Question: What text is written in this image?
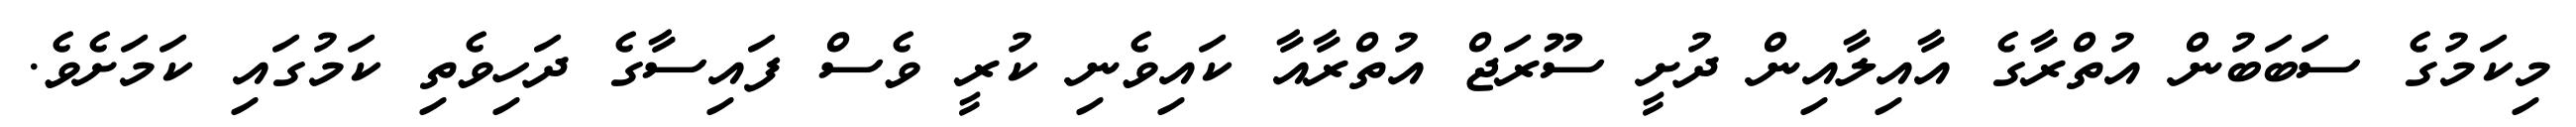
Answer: މިކަމުގެ ސަބަބުން އުތްރާގެ އާއިލާއިން ދުށީ ސޫރަޖް އުތްރާއާ ކައިވެނި ކުރީ ވެސް ފައިސާގެ ދަހިވެތި ކަމުގައި ކަމަށެވެ.